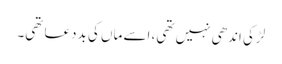
لڑکی اندھی نہیں تھی، اسے ماں‌ کی بددعا تھی۔